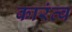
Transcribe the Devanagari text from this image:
कारंत्व